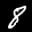
Label: 8